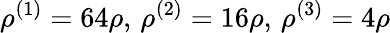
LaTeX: \rho^{(1)}=64\rho,\, \rho^{(2)}=16\rho,\, \rho^{(3)}=4\rho